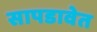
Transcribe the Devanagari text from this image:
सापडावेत